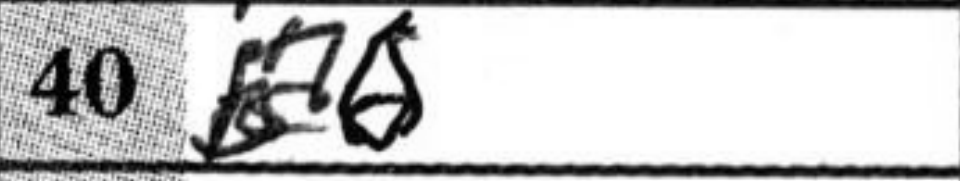
Transcription: a6